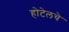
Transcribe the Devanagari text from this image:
होटेलचे